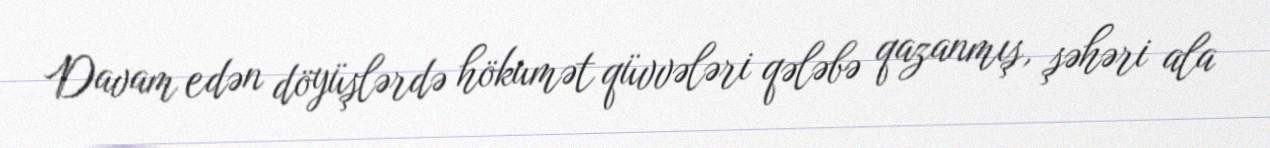
Davam edən döyüşlərdə hökumət qüvvələri qələbə qazanmış, şəhəri ala